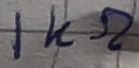
Text: 1KΩ